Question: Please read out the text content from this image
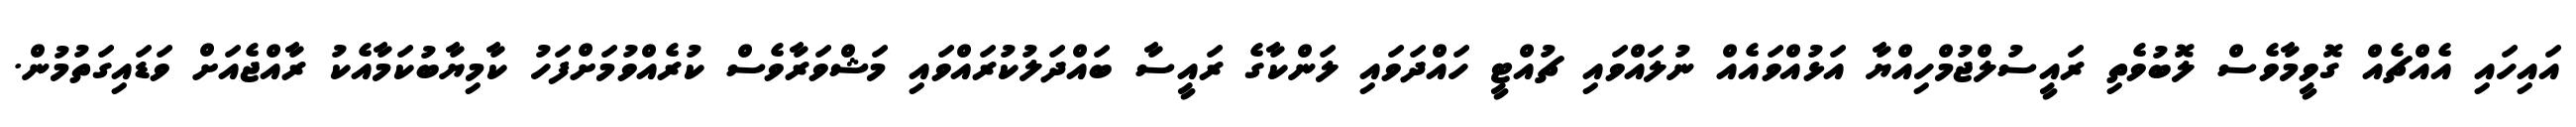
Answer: އައިހައި އެއްޗެއް ގޮވީމާވެސް ލޮބުވެތި ރައީސުލްޖުމްހިއްޔާ އަޅުއްވައެއް ނުލައްވައި ޗުއްޓީ ހައްދަވައި ލަންކާގެ ރައީސާ ބައްދަލުކުރައްވައި މަޝްވަރާވެސް ކުރެއްވުމަށްފަހު ކާމިޔާބުކަމާއެކު ރާއްޖެއަށް ވަޑައިގަތުމުން.